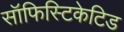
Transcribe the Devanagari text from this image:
सॉफिस्टिकेटिड